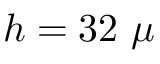
h = 3 2 ~ \mu